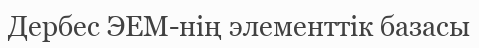
Дербес ЭЕМ-нің элементтік базасы